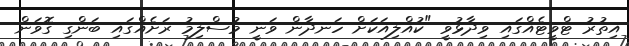
އިތުރު ޓްވީޓެއްގައި ވިދާޅުވީ "ކުއްލިއަކަށް ހަނދާން ވަނީ މުސްލިމު ރަށެއްގައި ބަންގި ގޮވަން